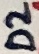
Text: D2